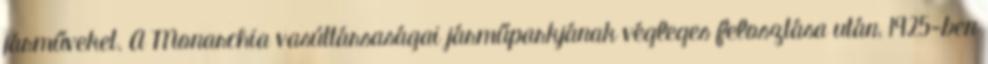
járműveket. A Monarchia vasúttársaságai járműparkjának végleges felosztása után, 1925-ben